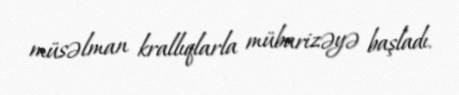
müsəlman krallıqlarla mübarizəyə başladı.